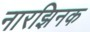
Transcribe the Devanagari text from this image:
नारझिनक